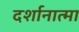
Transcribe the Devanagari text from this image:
दर्शानात्मा